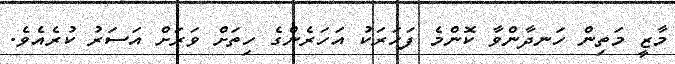
މާޒީ މަތިން ހަނދާންވާ ކޮންމެ ފަހަރަކު އަހަރެންގެ ހިތަށް ވަރަށް އަސަރު ކުރެއެވެ.